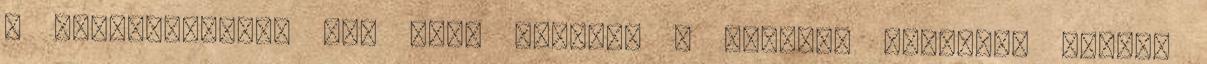
a felülvilágító már csak ráadás. A dombház masszív, stabil